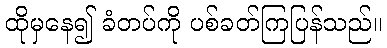
ထိုမှနေ၍ ခံတပ်ကို ပစ်ခတ်ကြပြန်သည်။